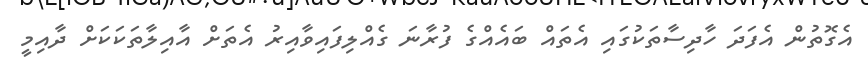
އެގޮތުން އެފަދަ ހާދިސާތަކުގައި އެތައް ބައެއްގެ ފުރާނަ ގެއްލިފައިވާއިރު އެތަށް އާއިލާތަކަކަށް ދާއިމީ